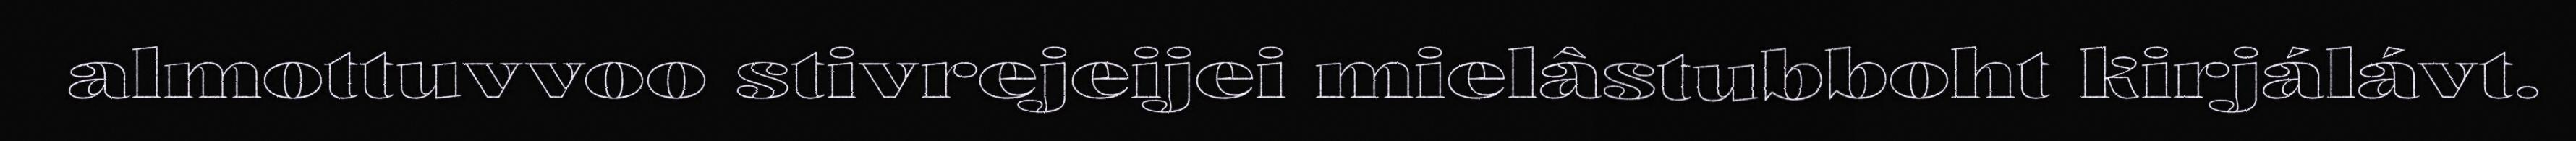
almottuvvoo stivrejeijei mielâstubboht kirjálávt.